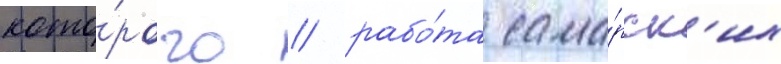
кото́рого / рабо́та сама́рск'их